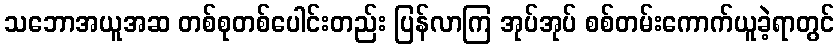
သဘောအယူအဆ တစ်စုတစ်ပေါင်းတည်း ပြန်လာကြ အုပ်အုပ် စစ်တမ်းကောက်ယူခဲ့ရာတွင်